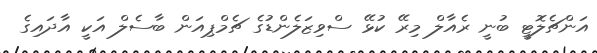
އަންޗެލޮޓީ ބުނީ ރެއާލް މިރޭ ކުޅޭ ސްވިޒަލެންޑުގެ ޗެމްޕިއަން ބާސެލް އަކީ އާދައިގެ